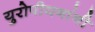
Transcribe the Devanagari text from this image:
युरोपीयनांनी